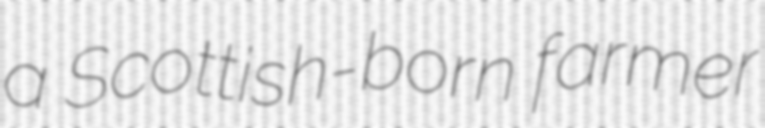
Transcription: a Scottish-born farmer